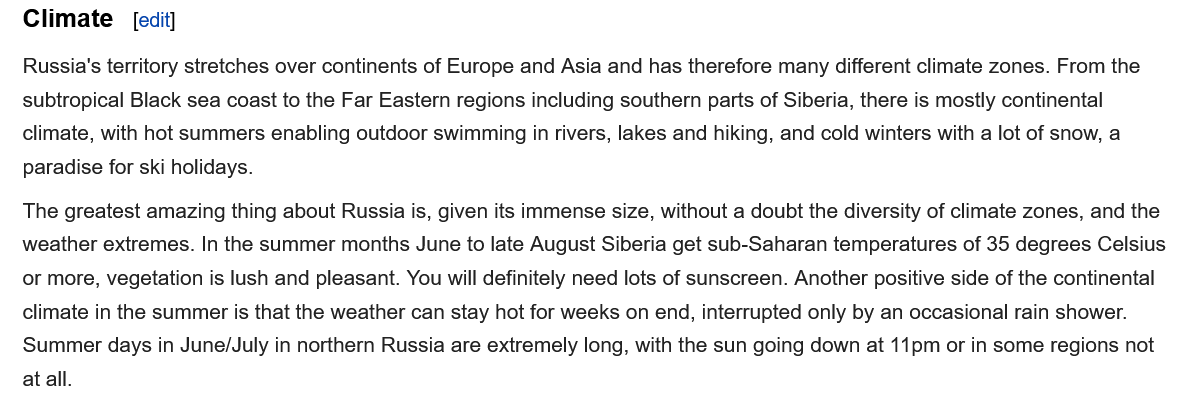
Climate   [edit]
   Russia's territory stretches over continents of Europe and Asia and has therefore many different climate zones. From the
   subtropical Black sea coast to the Far Eastern regions including southern parts of Siberia, there is mostly continental
   climate, with hot summers enabling outdoor swimming in rivers, lakes and hiking, and cold winters with a lot of snow, a
   paradise for ski holidays.
   The greatest amazing thing about Russia is, given its immense size, without a doubt the diversity of climate zones, and the
   weather extremes. In the summer months June to late August Siberia get sub-Saharan temperatures of 35 degrees Celsius
   or more, vegetation is lush and pleasant. You will definitely need lots of sunscreen. Another positive side of the continental
   climate in the summer is that the weather can stay hot for weeks on end, interrupted only by an occasional rain shower.
   Summer days  in June/July in northern Russia are extremely long, with the sun going down at 11pm or in some regions not
   at all.